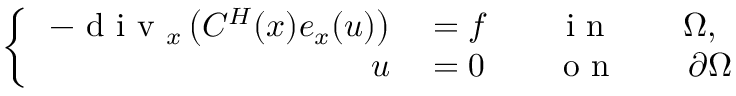
\left\{ \, \begin{array} { r l } { - \mathrm { ~ d ~ i ~ v ~ } _ { x } \left( C ^ { H } ( x ) e _ { x } ( u ) \right) } & { { } = f \qquad \mathrm { ~ i ~ n ~ } \qquad \Omega , } \\ { u } & { { } = 0 \qquad \mathrm { ~ o ~ n ~ } \qquad \partial \Omega } \end{array} \right.